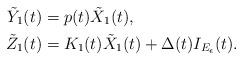
LaTeX: \begin{align*}\tilde{Y}_{1}(t) & =p(t)\tilde{X}_{1}(t),\\\tilde{Z}_{1}(t) & =K_{1}(t)\tilde{X}_{1}(t)+\Delta(t)I_{E_{\epsilon}}(t).\end{align*}